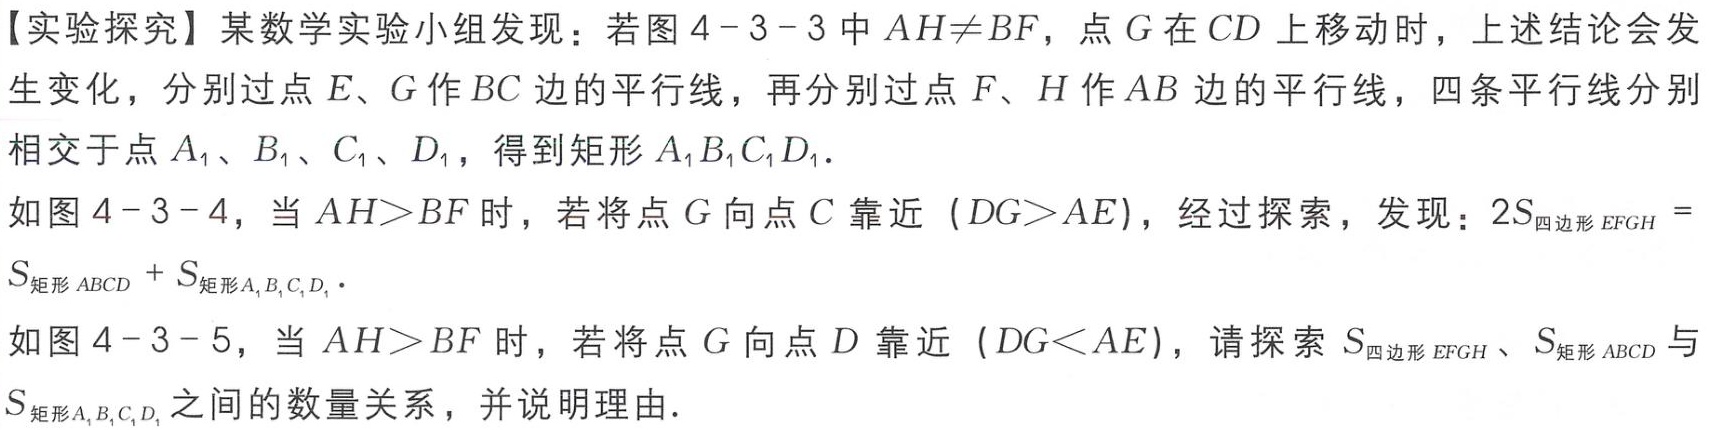
【实验探究】某数学实验小组发现：若图 \(4 - 3 - 3\) 中 \(AH\neq BF\)，点 \(G\) 在 \(CD\) 上移动时，上述结论会发

生变化，分别过点 \(E、G\) 作 \(BC\) 边的平行线，再分别过点 \(F、H\) 作 \(AB\) 边的平行线，四条平行线分别

相交于点 \(A_{1}、B_{1}、C_{1}、D_{1}\)，得到矩形 \(A_{1}B_{1}C_{1}D_{1}\)．

如图 \(4 - 3 - 4\)，当 \(AH > BF\) 时，若将点 \(G\) 向点 \(C\) 靠近（\(DG>AE\)），经过探索，发现：\(2S_{四边形 EFGH}=

S_{矩形 ABCD}+S_{矩形 A_{1}B_{1}C_{1}D_{1}}\)．

如图 \(4 - 3 - 5\)，当 \(AH > BF\) 时，若将点 \(G\) 向点 \(D\) 靠近（\(DG < AE\)），请探索 \(S_{四边形 EFGH}、S_{矩形 ABCD}\) 与

\(S_{矩形 A_{1}B_{1}C_{1}D_{1}}\) 之间的数量关系，并说明理由．